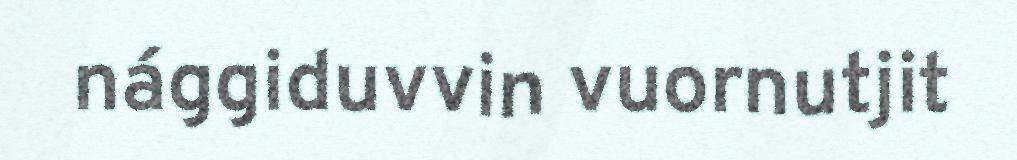
nággiduvvin vuornutjit